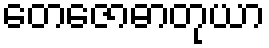
တေဇောဓာတုယာ